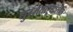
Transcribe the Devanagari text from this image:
युग्मताऱ्यातील